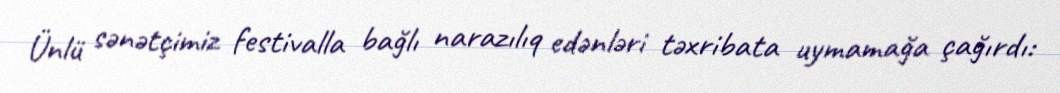
Ünlü sənətçimiz festivalla bağlı narazılıq edənləri təxribata uymamağa çağırdı: